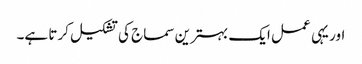
اور یہی عمل ایک بہترین سماج کی تشکیل کرتا ہے۔